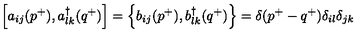
\left[ a _ { i j } ( p ^ { + } ) , a _ { l k } ^ { \dagger } ( q ^ { + } ) \right] = \left\{ b _ { i j } ( p ^ { + } ) , b _ { l k } ^ { \dagger } ( q ^ { + } ) \right\} = \delta ( p ^ { + } - q ^ { + } ) \delta _ { i l } \delta _ { j k }